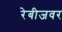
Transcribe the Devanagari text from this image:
रेबीजवर